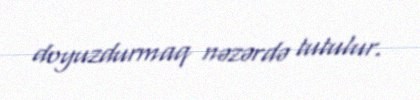
doyuzdurmaq nəzərdə tutulur.